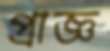
প্রাজ্ঞ